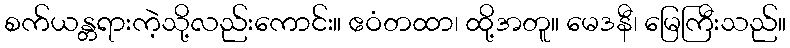
စက်ယန္တရားကဲ့သို့လည်းကောင်း။ ဧဝံတထာ၊ ထို့အတူ။ မေဒနီ၊ မြေကြီးသည်။